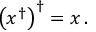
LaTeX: \left( x ^ { \dagger } \right) ^ { \dagger } = x \, .